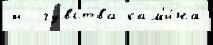
и  чу́вства кам'и́на